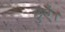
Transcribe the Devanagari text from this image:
छुएँ।